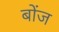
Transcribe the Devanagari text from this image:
बोंज